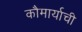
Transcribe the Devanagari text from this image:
कौमार्याची